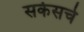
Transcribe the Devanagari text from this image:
सर्कसचे